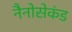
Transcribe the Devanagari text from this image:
नैनोसेकंड